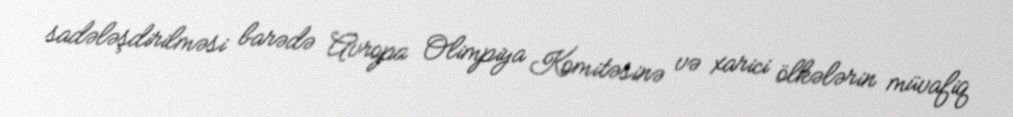
sadələşdirilməsi barədə Avropa Olimpiya Komitəsinə və xarici ölkələrin müvafiq